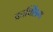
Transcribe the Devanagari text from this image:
काक्सिंग